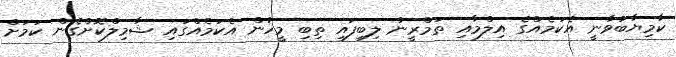
ކާމިޔާބުވާނީ އެކަމެއްގެ އިލްމާއި ތަމްރީނު ލިބިފައި ތިބި މީހުން އެކަމެއްގައި ޝާމިލްކޮށްގެން ކަމަށް